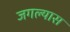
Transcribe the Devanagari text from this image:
जगल्यास